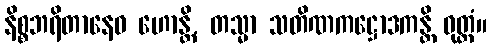
နိစ္စဘရိတာနေဝ ဟောန္တိ, တသ္မာ သတိဏကဋ္ဌောဒကန္တိ ဝုတ္တံ။